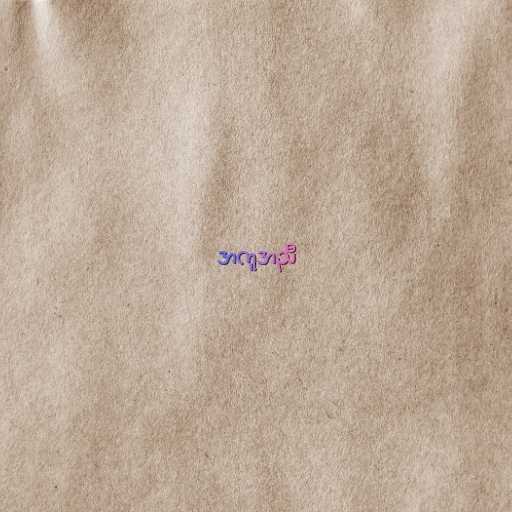
အကူအညီ